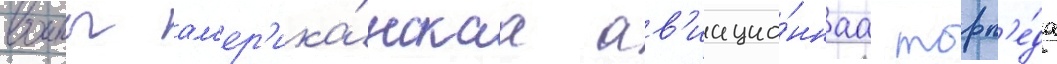
воины ам'ер'ика́нскаа ав'иацио́ннаа торп'е́да